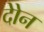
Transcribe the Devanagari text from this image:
दोेन